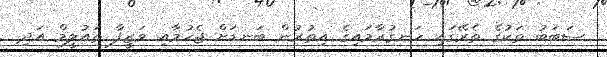
ސަބަބު ތަކުގެ ތެރޭގައި ހަނގުރާމައިގެ އިތުރުން ބަނޑަށް ޖެހުމާއި ވަޒީފާ ތައުލީމް އަދި